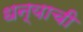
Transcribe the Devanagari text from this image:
धन्याची